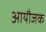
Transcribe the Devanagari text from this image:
आयौजक